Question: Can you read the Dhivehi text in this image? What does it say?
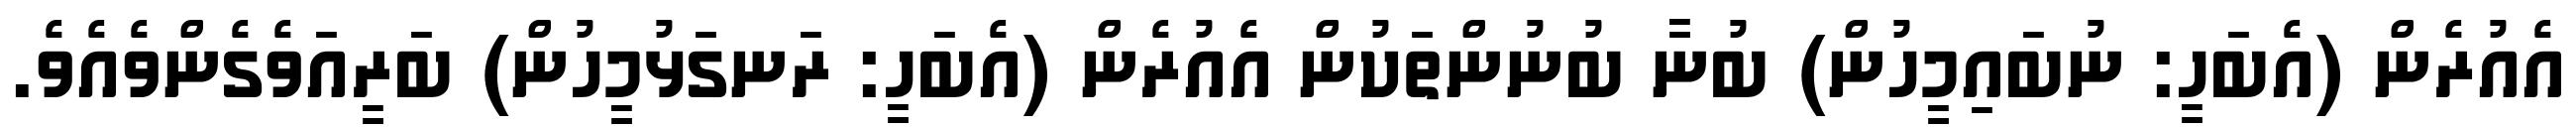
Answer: އެއުރެން (އެބަހީ: ނުބައިމީހުން) ބުނާ ބުނުންތަކުން އެއުރެން (އެބަހީ: ރަނގަޅުމީހުން) ބަރީއަވެގެންވެއެވެ.